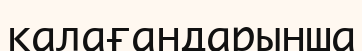
қалағандарынша